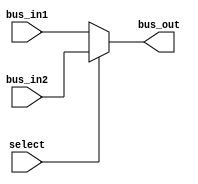
module mux2x1 #(parameter W=8)(bus_in1,bus_in2,bus_out,select);

	input wire select;
	input wire [(W-1):0] bus_in1, bus_in2;
	output wire [(W-1):0] bus_out;
	
	assign bus_out = select ? bus_in2 : bus_in1;
	
endmodule